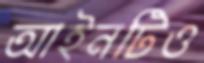
আইনটিও